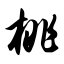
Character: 桃